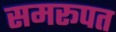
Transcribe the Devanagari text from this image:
समरूपत